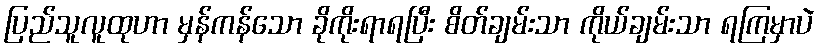
ပြည်သူလူထုဟာ မှန်ကန်သော ခိုကိုးရာရပြီး စိတ်ချမ်းသာ ကိုယ်ချမ်းသာ ရကြမှာပဲ